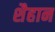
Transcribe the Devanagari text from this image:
शैहान